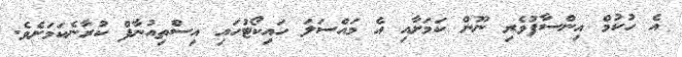
އެ ހުކުމް އިންސާފުވެރި ނޫން ކަމަށާއި އެ މައްސަލަ ހައިކޯޓުހައި އިސްތިއުނާފް ކުރާނެކަމަށެވެ.